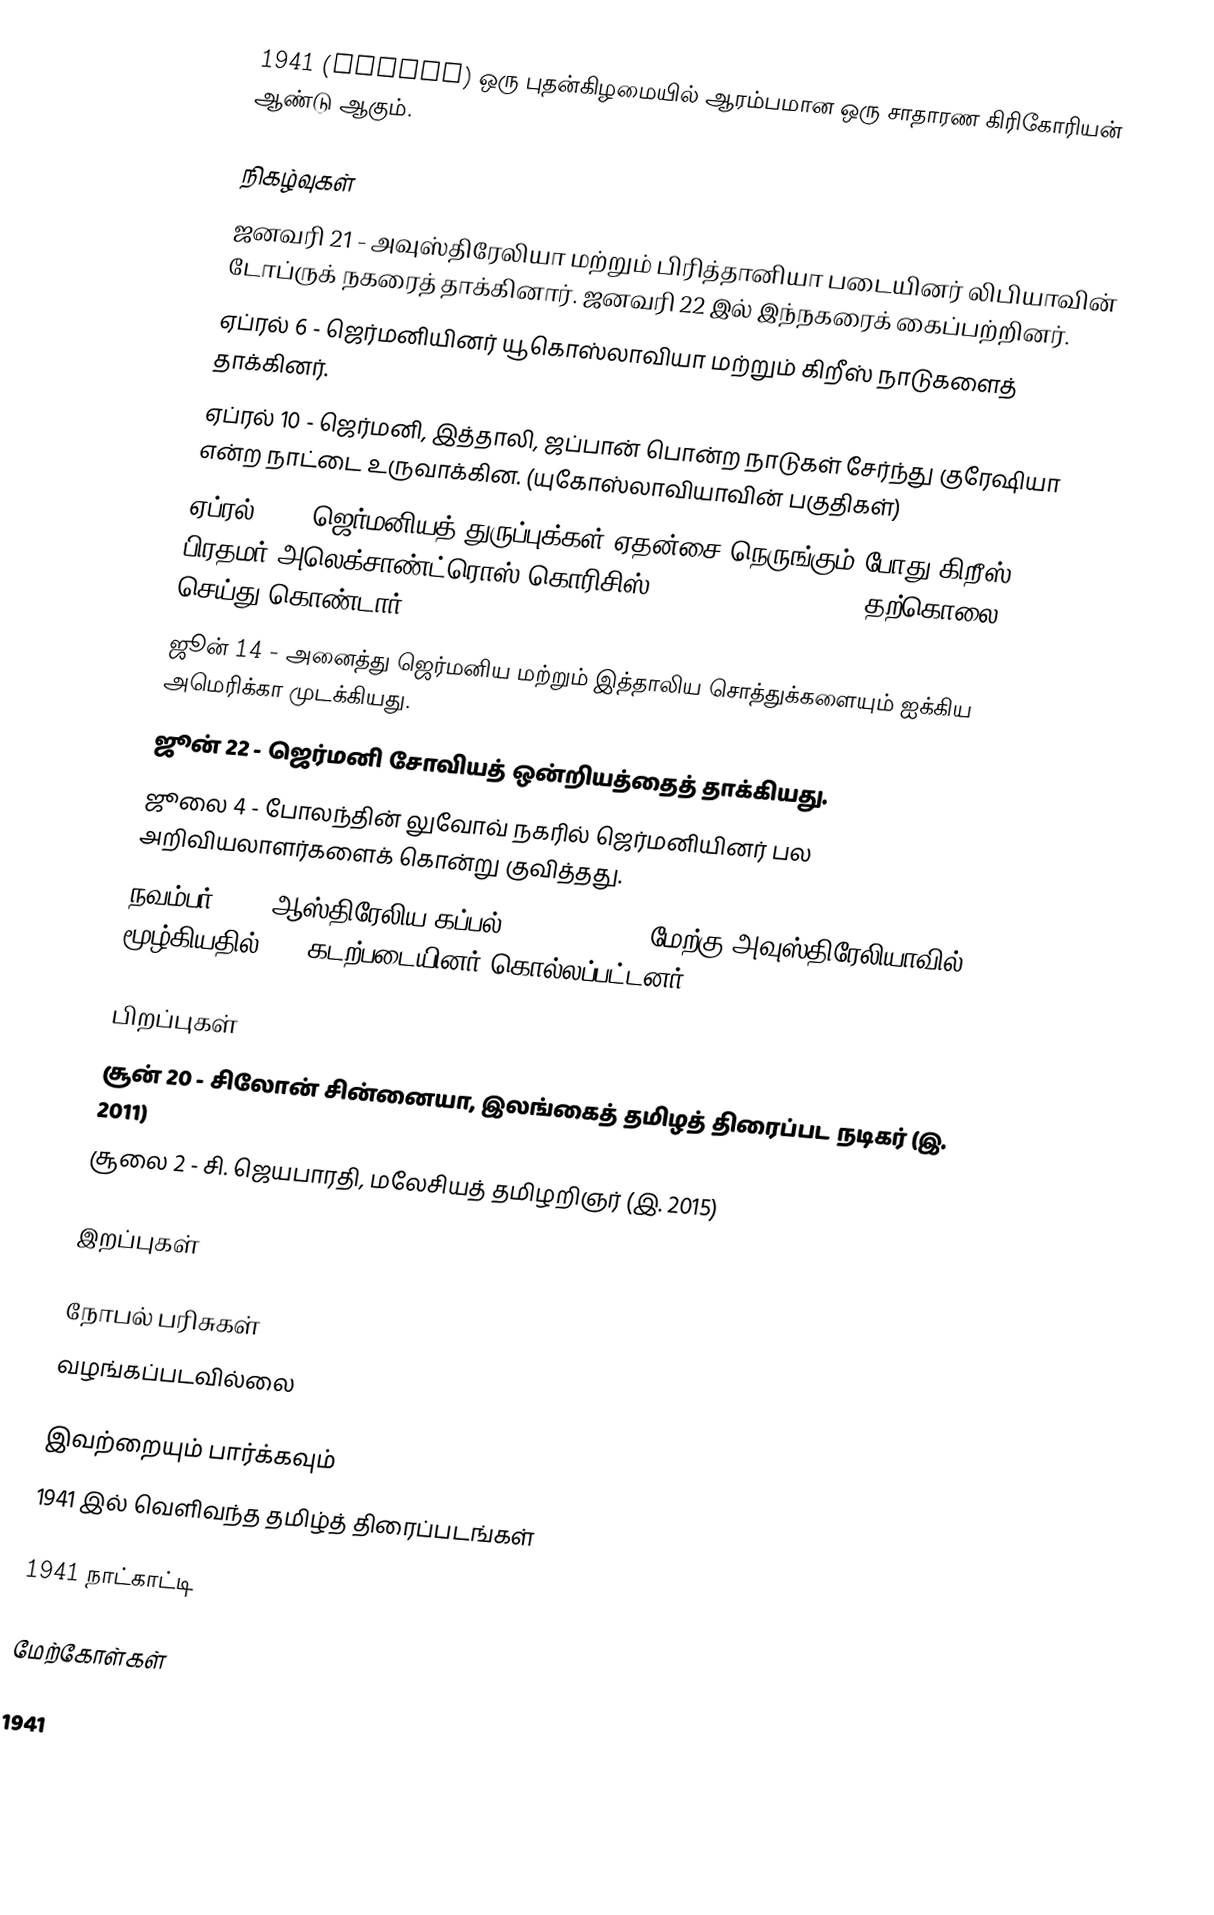
1941  (MCMXLI) ஒரு புதன்கிழமையில் ஆரம்பமான ஒரு சாதாரண கிரிகோரியன் ஆண்டு ஆகும்.

நிகழ்வுகள்
 ஜனவரி 21 - அவுஸ்திரேலியா மற்றும் பிரித்தானியா படையினர் லிபியாவின் டோப்ருக் நகரைத் தாக்கினார். ஜனவரி 22 இல் இந்நகரைக் கைப்பற்றினர்.
 ஏப்ரல் 6 - ஜெர்மனியினர் யூகொஸ்லாவியா மற்றும் கிறீஸ் நாடுகளைத் தாக்கினர்.
 ஏப்ரல் 10 - ஜெர்மனி, இத்தாலி, ஜப்பான் பொன்ற நாடுகள் சேர்ந்து குரேஷியா என்ற நாட்டை உருவாக்கின. (யுகோஸ்லாவியாவின் பகுதிகள்)
 ஏப்ரல் 18 - ஜெர்மனியத் துருப்புக்கள் ஏதன்சை நெருங்கும் போது கிறீஸ் பிரதமர் அலெக்சாண்ட்ரொஸ் கொரிசிஸ் (Alexandros Koryzis) தற்கொலை செய்து கொண்டார்.
 ஜூன் 14 - அனைத்து ஜெர்மனிய மற்றும் இத்தாலிய சொத்துக்களையும் ஐக்கிய அமெரிக்கா முடக்கியது.
 ஜூன் 22 - ஜெர்மனி சோவியத் ஒன்றியத்தைத் தாக்கியது.
 ஜூலை 4 - போலந்தின் லுவோவ் நகரில் ஜெர்மனியினர் பல அறிவியலாளர்களைக் கொன்று குவித்தது.
 நவம்பர் 19 - ஆஸ்திரேலிய கப்பல் HMAS Sydney'' மேற்கு அவுஸ்திரேலியாவில் மூழ்கியதில் 645 கடற்படையினர் கொல்லப்பட்டனர்.

பிறப்புகள்
 சூன் 20 - சிலோன் சின்னையா, இலங்கைத் தமிழத் திரைப்பட நடிகர் (இ. 2011)
 சூலை 2 - சி. ஜெயபாரதி, மலேசியத் தமிழறிஞர் (இ. 2015)

இறப்புகள்

நோபல் பரிசுகள்
 வழங்கப்படவில்லை

இவற்றையும் பார்க்கவும்
 1941 இல் வெளிவந்த தமிழ்த் திரைப்படங்கள்

1941 நாட்காட்டி

மேற்கோள்கள்

1941